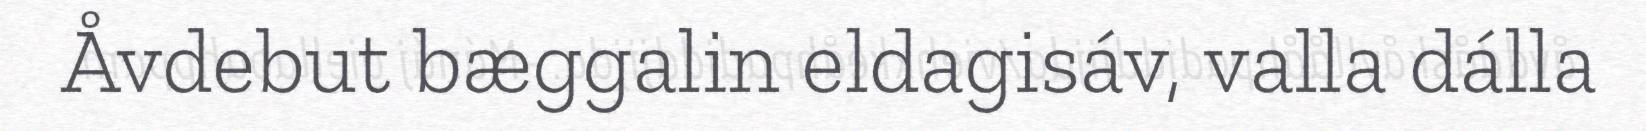
Åvdebut bæggalin eldagisáv, valla dálla